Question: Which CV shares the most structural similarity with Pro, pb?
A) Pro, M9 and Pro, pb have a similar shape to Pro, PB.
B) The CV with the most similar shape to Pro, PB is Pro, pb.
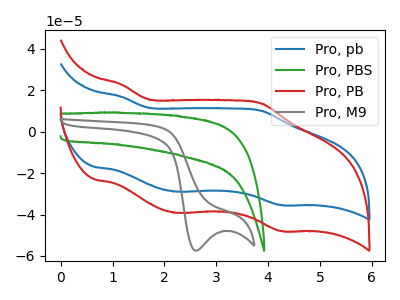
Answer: <think>The blue curve "Pro, pb" has anodic peaks at (1.15V, 16.80uA) (3.90V, 9.95uA) and cathodic peaks at (2.25V, -28.95uA) (4.25V, -35.45uA). The green curve "Pro, PBS" has no peaks. The red curve "Pro, PB" has anodic peaks at (1.15V, 22.70uA) (3.90V, 13.50uA) and cathodic peaks at (2.25V, -39.20uA) (4.25V, -47.95uA). The gray curve "Pro, M9" has a cathodic peak at: (2.60V, -57.50uA).
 "Pro, pb" and "Pro, PBS" have a different number of peaks. All the peaks in "Pro, pb" have a peak in "Pro, PB" at the same potential. Every peak in "Pro, pb" is lower than every peak in "Pro, PB". "Pro, pb" and "Pro, M9" have a different number of peaks. "Pro, PBS" and "Pro, PB" have a different number of peaks. "Pro, PBS" and "Pro, M9" have a different number of peaks. "Pro, PB" and "Pro, M9" have a different number of peaks.</think>
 <answer>B) The CV with the most similar shape to "Pro, PB" is "Pro, pb".</answer>
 <eval>B</eval>